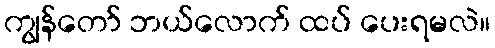
ကျွန်တော် ဘယ်လောက် ထပ် ပေးရမလဲ။